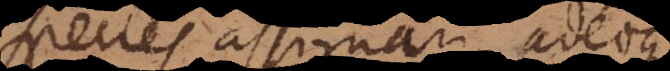
species assignari, adeoque